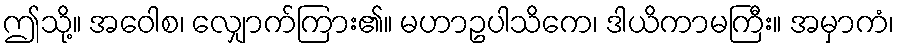
ဤသို့။ အဝေါစ၊ လျှောက်ကြား၏။ မဟာဥပါသိကေ၊ ဒါယိကာမကြီး။ အမှာကံ၊